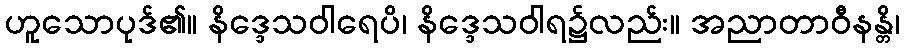
ဟူသောပုဒ်၏။ နိဒ္ဒေသဝါရေပိ၊ နိဒ္ဒေသဝါရ၌လည်း။ အညာတာဝီနန္တိ၊